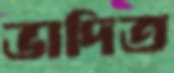
ভাদিত